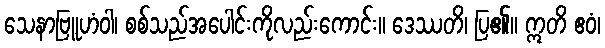
သေနာဗြူဟံဝါ၊ စစ်သည်အပေါင်းကိုလည်းကောင်း။ ဒေဿတိ၊ ပြ၏။ ဣတိ ဧဝံ၊